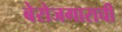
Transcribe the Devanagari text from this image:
बेरोजगाराची